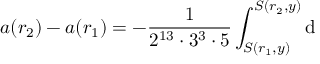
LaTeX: a ( r _ { 2 } ) - a ( r _ { 1 } ) = - \frac { 1 } { 2 ^ { 1 3 } \cdot 3 ^ { 3 } \cdot 5 } \int _ { S ( r _ { 1 } , y ) } ^ { S ( r _ { 2 } , y ) } \mathrm { d }